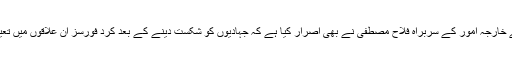
کرد ریجن کے خارجہ امور کے سربراہ فلاح مصطفیٰ نے بھی اصرار کیا ہے کہ جہادیوں کو شکست دینے کے بعد کرد فورسز ان علاقوں میں تعینات رہیں گی۔